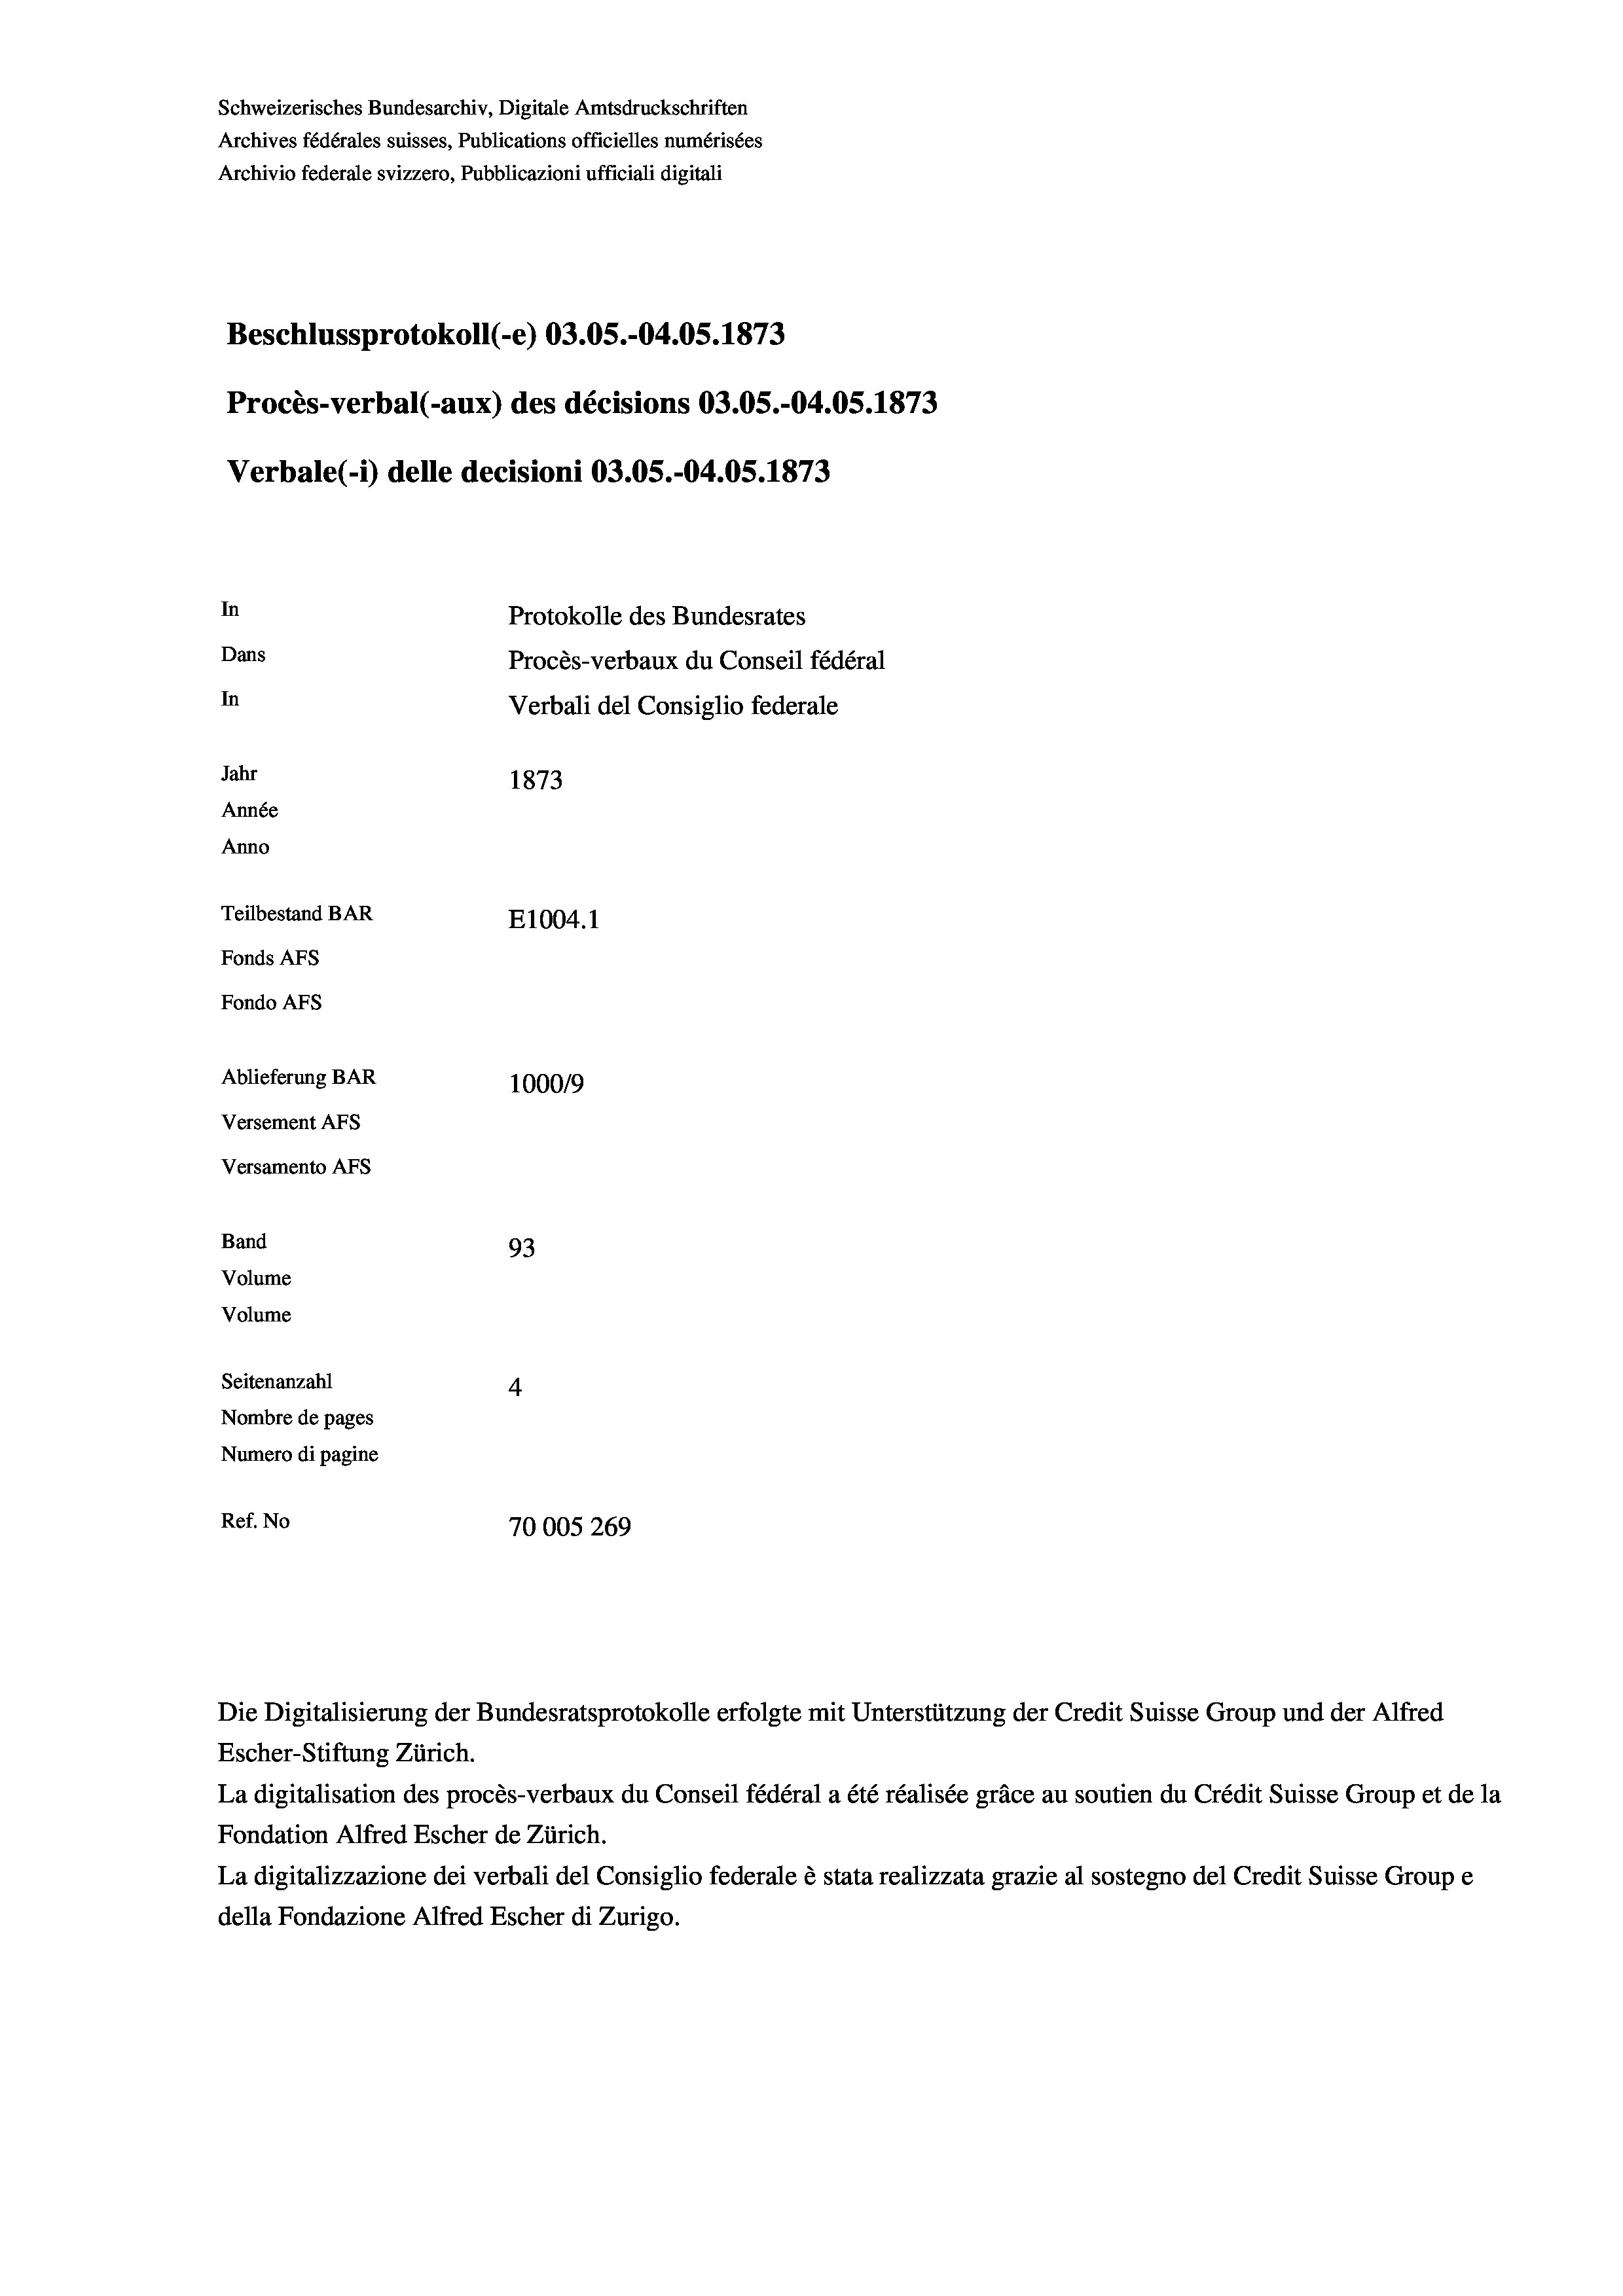
Schweizerisches Bundesarchiv, Digitale Amtsdruckschriften
Archives fédérales suisses, Publications officielles numérisées
Archivio federale svizzero, Pubblicazioni ufficiali digitali
Beschlussprotokoll (-e) 03.05.-04.05. 1873
Procès-verbal (-aux) des décisions 03.05.-04.05. 1873
Verbale (i) delle decisioni 03.05.-04.05. 1873
In
Protokolle des Bundesrates
Dans
Procès-verbaux du Conseil fédéral
In
Verbali del Consiglio federale
Jahr
1873
Année
Anno
Teilbestand BAR
E1004. 1
Fonds AFs
Fondo Afs
Ablieferung BAR
100019
Versement AFs
Versamento Afs
Band
93
Volume
Volume
Seitenanzahl
4
Nombre de pages
Numero di pagine
Ref. No
70005 269

Escher-Stiftung Zürich.
La digitalisation des procès-verbaux du Conseil fédéral a été réalisée gräce au soutien du Crédit Suisse Group et de la
Fondation Alfred Escher de Zürich.
La digitalizzazione dei verbali del Consiglio federale è stata realizzata grazie al sostegno del Credit Suisse Groupe
della Fondazione Alfred Escher di Zurigo.

Die Digitalisierung der Bundesratsprotokolle erfolgte mit Unterstützung der Credit Suisse Group und der Alfred